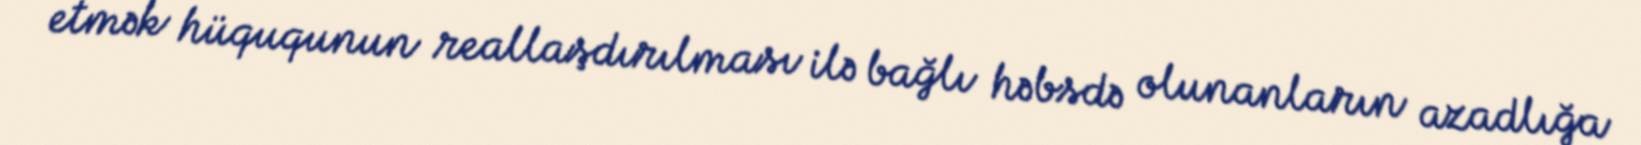
etmək hüququnun reallaşdırılması ilə bağlı həbsdə olunanların azadlığa